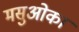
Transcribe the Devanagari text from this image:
मसुओका